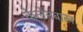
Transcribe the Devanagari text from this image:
केलेनबाख